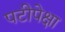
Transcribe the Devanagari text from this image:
पटीपेक्षा